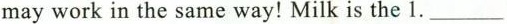
may work in the same way! Milk is the 1.___